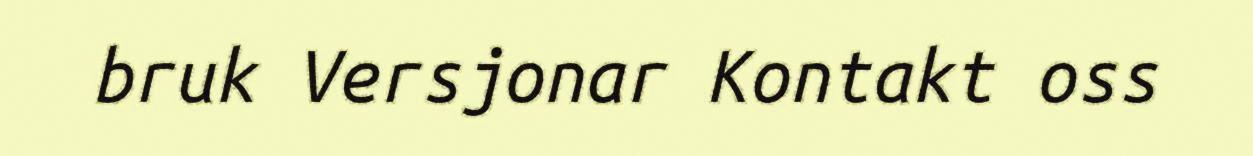
bruk Versjonar Kontakt oss